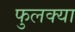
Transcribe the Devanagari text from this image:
फुलक्या